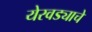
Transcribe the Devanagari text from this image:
येरवड्याचे